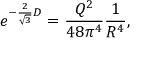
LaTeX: e ^ { - { \frac { 2 } { \sqrt 3 } } D } = { \frac { Q ^ { 2 } } { 4 8 \pi ^ { 4 } } } { \frac { 1 } { R ^ { 4 } } } ,